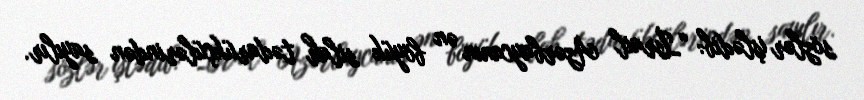
sözlər işlədib: “İsrail Azərbaycanın ən böyük silah tədarükçülərindən sayılır.